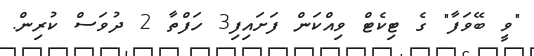
"ވީ ބޭވަފާ" ގެ ޓިކެޓް ވިއްކަން ފަށައިފި3 ހަފްތާ 2 ދުވަސް ކުރިން.